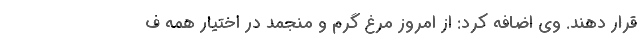
قرار دهند. وی اضافه کرد: از امروز مرغ گرم و منجمد در اختیار همه ف